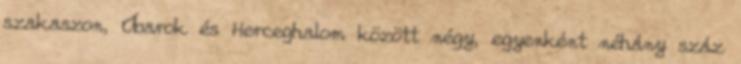
szakaszon, Óbarok és Herceghalom között négy, egyenként néhány száz